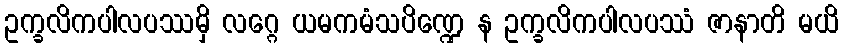
ဥက္ခလိကပါလပဿမှိ လဂ္ဂေ ယမကမံသပိဏ္ဍေ န ဥက္ခလိကပါလပဿံ ဇာနာတိ မယိ